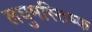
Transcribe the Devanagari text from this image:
लघुमस्तिष्क